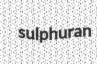
sulphuran